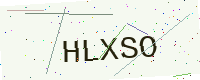
Text: HLXSO